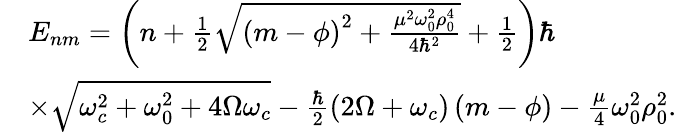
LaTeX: \begin{array}{rl}&{{E}_{nm}=\left(n+\frac{1}{2}\sqrt{\left(m-\phi\right)^{2}+\frac{\mu^{2}\omega_{0}^{2}\rho_{0}^{4}}{4\hbar^{2}}}+\frac{1}{2}\right)\hbar}\\ &{\times\sqrt{\omega_{c}^{2}+\omega_{0}^{2}+4\Omega\omega_{c}}-\frac{\hbar}{2}\left(2\Omega+\omega_{c}\right)\left(m-\phi\right)-\frac{\mu}{4}\omega_{0}^{2}\rho_{0}^{2}.}\end{array}